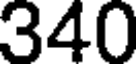
340